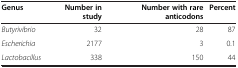
<table><thead><tr><td><b>Genus</b></td><td><b>Number in study</b></td><td><b>Number with rare anticodons</b></td><td><b>Percent</b></td></tr></thead><tbody><tr><td><i>Butyrivibrio</i></td><td>32</td><td>28</td><td>87</td></tr><tr><td><i>Escherichia</i></td><td>2177</td><td>3</td><td>0.1</td></tr><tr><td><i>Lactobacillus</i></td><td>338</td><td>150</td><td>44</td></tr></tbody></table>